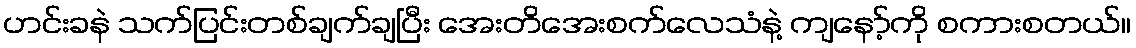
ဟင်းခနဲ သက်ပြင်းတစ်ချက်ချပြီး အေးတိအေးစက်လေသံနဲ့ ကျနော့်ကို စကားစတယ်။